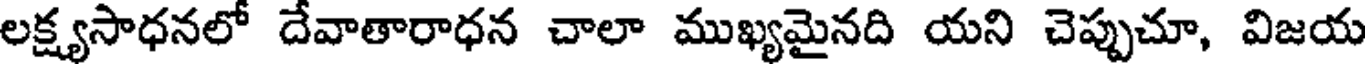
లక్ష్యసాధనలో దేవాతారాధన చాలా ముఖ్యమైనది యని చెప్పుచూ, విజయ